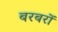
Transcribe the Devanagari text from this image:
बरबरों